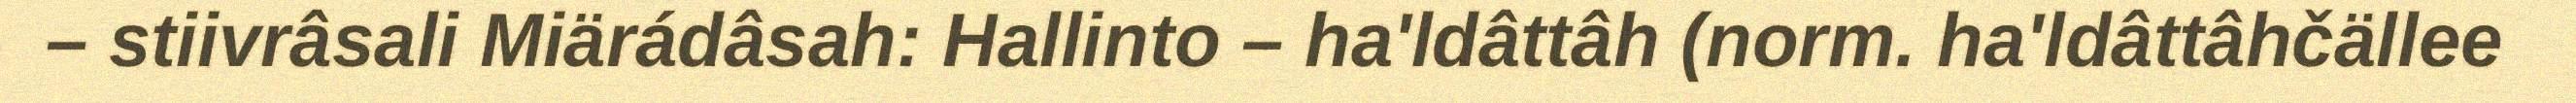
– stiivrâsali Miärádâsah: Hallinto – ha'ldâttâh (norm. ha'ldâttâhčällee